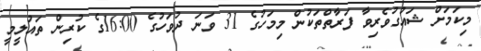
މިކަމަށް ޝައުގުވެރިވާ ފަރާތްތަކުން މިމަހުގެ 31 ވަނަ ދުވަހުގެ 16:00ގެ ކުރިން ތައުލީމީ